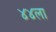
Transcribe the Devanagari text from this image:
४४ला